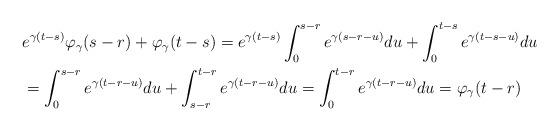
LaTeX: \begin{align*}&e^{\gamma(t-s)} \varphi_{\gamma}(s-r) + \varphi_{\gamma}(t-s) = e^{\gamma(t-s)} \int_0^{s-r} e^{\gamma(s-r-u)} du + \int_0^{t-s} e^{\gamma(t-s-u)} du\\ &= \int_0^{s-r} e^{\gamma(t-r-u)} du + \int_{s-r}^{t-r} e^{\gamma(t-r-u)} du = \int_0^{t-r} e^{\gamma(t-r-u)} du = \varphi_{\gamma}(t-r)\end{align*}